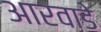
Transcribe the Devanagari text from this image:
आरवाडे